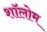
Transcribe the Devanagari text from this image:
शॉलोम